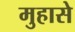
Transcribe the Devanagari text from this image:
मुहासे